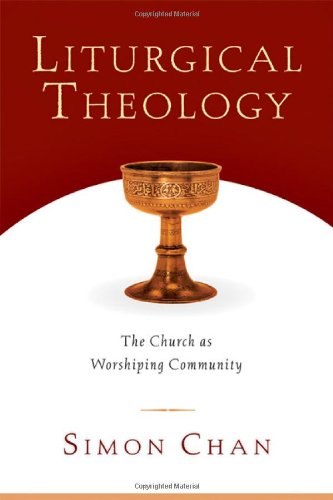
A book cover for Liturgical Theology: The Church as Worshiping Community; Simon Chan; Christian Books & Bibles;